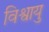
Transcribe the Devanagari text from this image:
विश्वायु